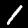
Digit: 1